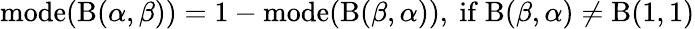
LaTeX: \operatorname{mode}(\mathrm{B}(\alpha,\beta))=1-\operatorname{mode}(\mathrm{B}(\beta,\alpha)),{\mathrm{~if~}}\mathrm{B}(\beta,\alpha)\neq\mathrm{B}(1,1)